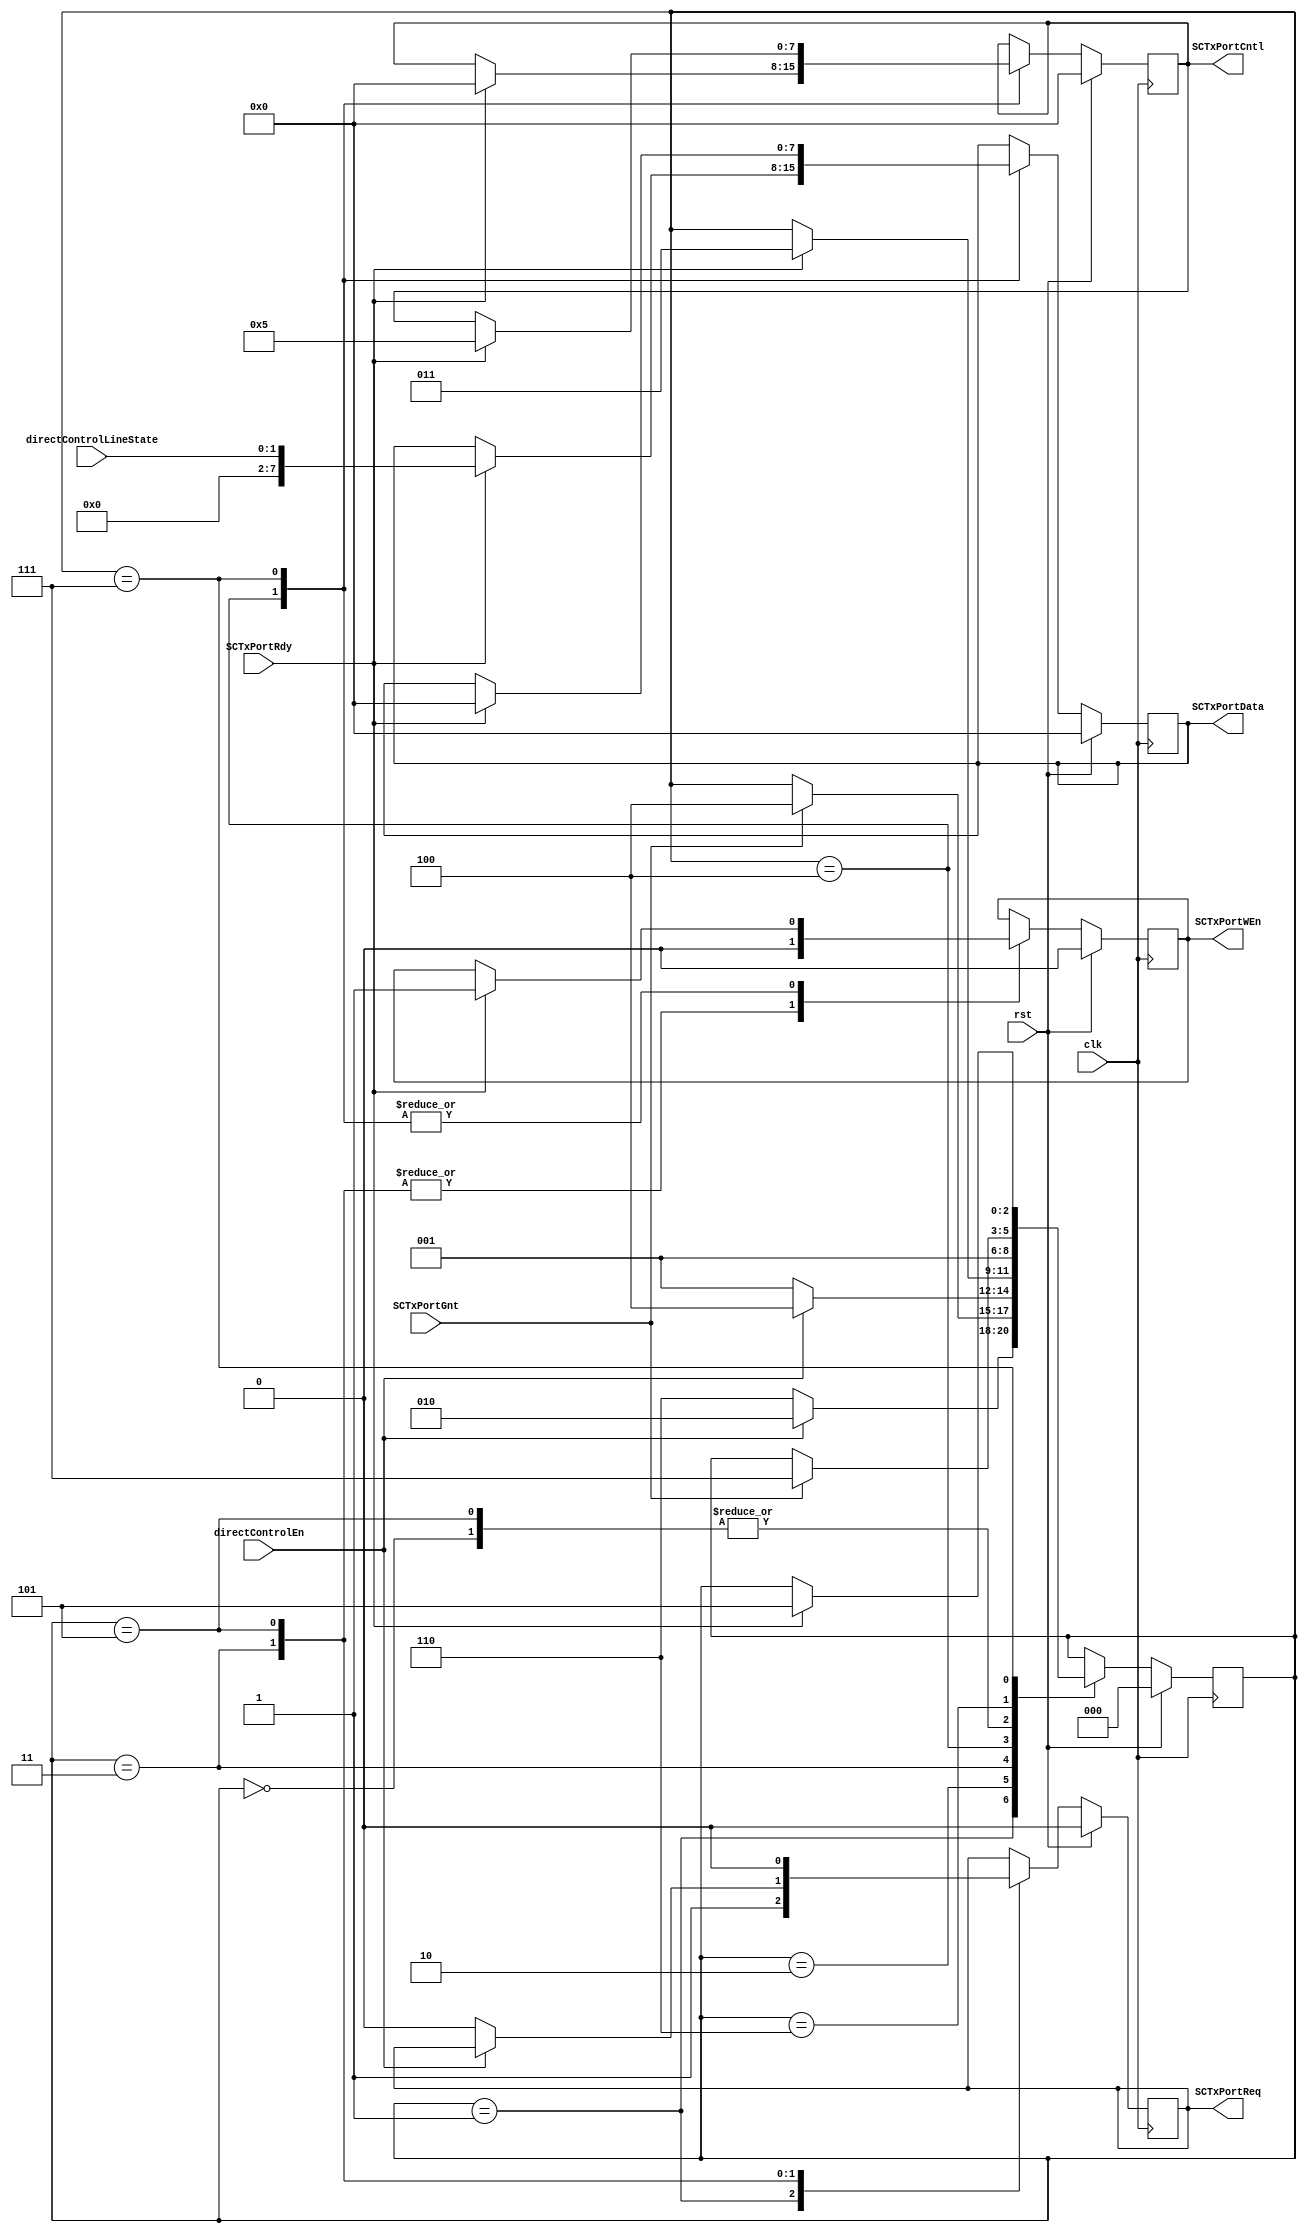
module slaveDirectControl (
	input				SCTxPortGnt,
	input				SCTxPortRdy,
	input				clk,
	input				directControlEn,
	input		[1:0]	directControlLineState,
	input				rst,
	output	reg	[7:0]	SCTxPortCntl,
	output	reg	[7:0]	SCTxPortData,
	output	reg			SCTxPortReq,
	output	reg			SCTxPortWEn
);

	reg		[7:0]	next_SCTxPortCntl;
	reg		[7:0]	next_SCTxPortData;
	reg				next_SCTxPortReq;
	reg				next_SCTxPortWEn;
	reg		[2:0]	CurrState_slvDrctCntl;
	reg		[2:0]	NextState_slvDrctCntl;

	//--------------------------------------------------------------------
	// Machine: slvDrctCntl
	//--------------------------------------------------------------------
	//----------------------------------
	// Next State Logic (combinatorial)
	//----------------------------------
	always@(*) begin
		NextState_slvDrctCntl <= CurrState_slvDrctCntl;
		// Set default values for outputs and signals
		next_SCTxPortReq <= SCTxPortReq;
		next_SCTxPortWEn <= SCTxPortWEn;
		next_SCTxPortData <= SCTxPortData;
		next_SCTxPortCntl <= SCTxPortCntl;
		case(CurrState_slvDrctCntl)
			3'd0: begin
				NextState_slvDrctCntl <= 3'd1;
			end
			3'd1: begin
				if(directControlEn)	begin
					NextState_slvDrctCntl <= 3'd2;
					next_SCTxPortReq <= 1'b1; end
				else begin
					NextState_slvDrctCntl <= 3'd6;
					next_SCTxPortReq <= 1'b1; end
			end
			3'd2: begin
				if(SCTxPortGnt)	NextState_slvDrctCntl <= 3'd4;
			end
			3'd3: begin
				next_SCTxPortWEn <= 1'b0;
				if(~directControlEn) begin
					NextState_slvDrctCntl <= 3'd1;
					next_SCTxPortReq <= 1'b0; end
				else	NextState_slvDrctCntl <= 3'd4;
			end
			3'd4: begin
				if(SCTxPortRdy)	begin
					NextState_slvDrctCntl <= 3'd3;
					next_SCTxPortWEn <= 1'b1;
					next_SCTxPortData <= {6'b000000, directControlLineState};
					next_SCTxPortCntl <= 8'h00; end
			end
			3'd5: begin
				next_SCTxPortWEn <= 1'b0;
				next_SCTxPortReq <= 1'b0;
				NextState_slvDrctCntl <= 3'd1;
			end
			3'd6: begin
				if(SCTxPortGnt)	NextState_slvDrctCntl <= 3'd7;
			end
			3'd7: begin
				if(SCTxPortRdy)	begin
					NextState_slvDrctCntl <= 3'd5;
					next_SCTxPortWEn <= 1'b1;
					next_SCTxPortData <= 8'h00;
					next_SCTxPortCntl <= 8'h05; end
			end
		endcase
	end

	//----------------------------------
	// Current State Logic (sequential)
	//----------------------------------
	always@(posedge clk) begin
		if(rst)	CurrState_slvDrctCntl <= 3'd0;
		else	CurrState_slvDrctCntl <= NextState_slvDrctCntl;
	end

	//----------------------------------
	// Registered outputs logic
	//----------------------------------
	always@(posedge clk) begin
		if(rst)	begin
			SCTxPortCntl <= 8'h00;
			SCTxPortData <= 8'h00;
			SCTxPortWEn <= 1'b0;
			SCTxPortReq <= 1'b0; end
		else begin
			SCTxPortCntl <= next_SCTxPortCntl;
			SCTxPortData <= next_SCTxPortData;
			SCTxPortWEn <= next_SCTxPortWEn;
			SCTxPortReq <= next_SCTxPortReq; end
	end

endmodule